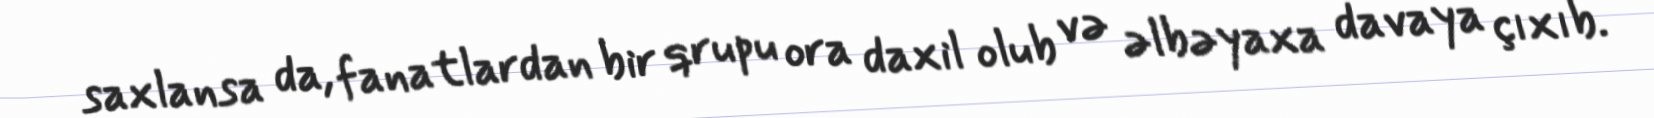
saxlansa da, fanatlardan bir qrupu ora daxil olub və əlbəyaxa davaya çıxıb.